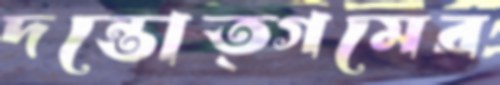
দন্তোত্গমের